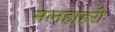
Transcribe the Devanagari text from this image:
मलहाहरी